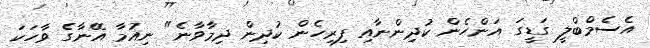
އެސެމްބްލީ ގަޑީގަ އަންހެން ކުދިންނާއި ފިރިހެން ކުދިން ދިމާވާނެ" ނިއުމާ އޭނާގެ ވާހަކަ